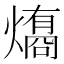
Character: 𤐟